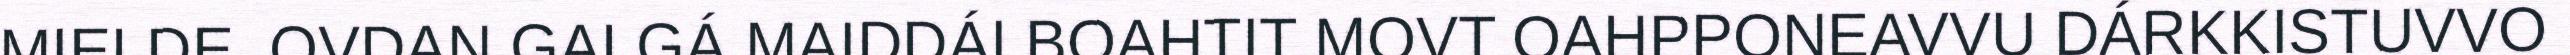
MIELDE. OVDAN GALGÁ MAIDDÁI BOAHTIT MOVT OAHPPONEAVVU DÁRKKISTUVVO